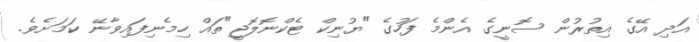
އަދި އޭގެ އިތުރުން ސޮނީގެ އެންމެ ފަހުގެ "ޔުނިކް ޓެކްނޮލޮޖީ"ތައް ހިމެނިފައިވާނޭ ކަމަށެވެ.